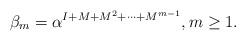
LaTeX: \begin{align*}\beta_m=\alpha^{I+M+M^2+\dots+M^{m-1}}, m\geq 1.\end{align*}